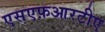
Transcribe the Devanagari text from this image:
एसएफ़आरटीए